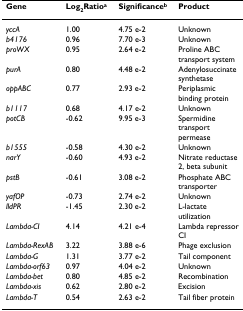
<table><thead><tr><td><b>Gene</b></td><td><b>Log<sub>2</sub>Ratio<sup>a</sup></b></td><td><b>Significance<sup>b</sup></b></td><td><b>Product</b></td></tr></thead><tbody><tr><td><i>yccA</i></td><td>1.00</td><td>4.75 e-2</td><td>Unknown</td></tr><tr><td><i>b4176</i></td><td>0.96</td><td>7.70 e-3</td><td>Unknown</td></tr><tr><td><i>proWX</i></td><td>0.95</td><td>2.64 e-2</td><td>Proline ABC transport system</td></tr><tr><td><i>purA</i></td><td>0.80</td><td>4.48 e-2</td><td>Adenylosuccinate synthetase</td></tr><tr><td><i>oppABC</i></td><td>0.77</td><td>2.93 e-2</td><td>Periplasmic binding protein</td></tr><tr><td><i>b1117</i></td><td>0.68</td><td>4.17 e-2</td><td>Unknown</td></tr><tr><td><i>potCB</i></td><td>-0.62</td><td>9.95 e-3</td><td>Spermidine transport permease</td></tr><tr><td><i>b1555</i></td><td>-0.58</td><td>4.30 e-2</td><td>Unknown</td></tr><tr><td><i>narY</i></td><td>-0.60</td><td>4.93 e-2</td><td>Nitrate reductase 2, beta subunit</td></tr><tr><td><i>pstB</i></td><td>-0.61</td><td>3.08 e-2</td><td>Phosphate ABC transporter</td></tr><tr><td><i>yafOP</i></td><td>-0.73</td><td>2.74 e-2</td><td>Unknown</td></tr><tr><td><i>lldPR</i></td><td>-1.45</td><td>2.30 e-2</td><td>L-lactate utilization</td></tr><tr><td><i>Lambda-CI</i></td><td>4.14</td><td>4.21 e-4</td><td>Lambda repressor CI</td></tr><tr><td><i>Lambda-RexAB</i></td><td>3.22</td><td>3.88 e-6</td><td>Phage exclusion</td></tr><tr><td><i>Lambda-G</i></td><td>1.31</td><td>3.77 e-2</td><td>Tail component</td></tr><tr><td><i>Lambda-orf63</i></td><td>0.97</td><td>4.04 e-2</td><td>Unknown</td></tr><tr><td><i>Lambda-bet</i></td><td>0.80</td><td>4.85 e-2</td><td>Recombination</td></tr><tr><td><i>Lambda-xis</i></td><td>0.62</td><td>2.80 e-2</td><td>Excision</td></tr><tr><td><i>Lambda-T</i></td><td>0.54</td><td>2.63 e-2</td><td>Tail fiber protein</td></tr></tbody></table>